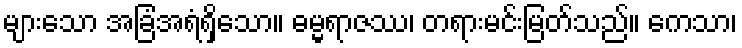
များသော အခြံအရံရှိသော။ ဓမ္မရာဇဿ၊ တရားမင်းမြတ်သည်။ ကေသာ၊